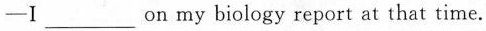
-I___on my biology report at that time.